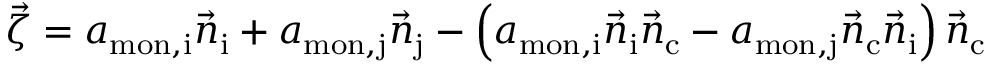
\vec { \zeta } = a _ { \mathrm { m o n , i } } \vec { n } _ { \mathrm { i } } + a _ { \mathrm { m o n , j } } \vec { n } _ { \mathrm { j } } - \left( a _ { \mathrm { m o n , i } } \vec { n } _ { \mathrm { i } } \vec { n } _ { \mathrm { c } } - a _ { \mathrm { m o n , j } } \vec { n } _ { \mathrm { c } } \vec { n } _ { \mathrm { i } } \right) \vec { n } _ { \mathrm { c } }